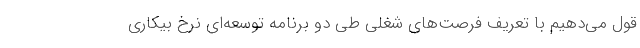
قول می‌دهیم با تعریف فرصت‌های شغلی طی دو برنامه توسعه‌ای نرخ بیکاری